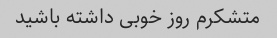
متشکرم روز خوبی داشته باشید